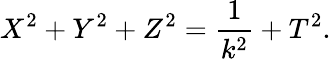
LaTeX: X^{2}+Y^{2}+Z^{2}={\frac{1}{{k}^{2}}}+T^{2}.